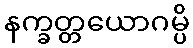
နက္ခတ္တယောဂမ္ပိ